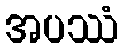
အပဿံ